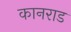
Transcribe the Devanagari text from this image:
कानराड